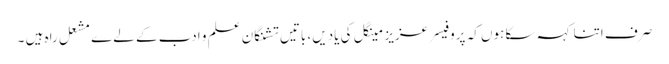
صرف اتنا کہہ سکا ہوں کہ پروفیسر عزیز مینگل کی یادیں، باتیں تشنگان علم و ادب کے لےے مشعل راہ ہیں ۔